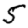
Digit: 5